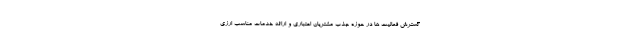
گسترش فعالیت ها در حوزه جذب مشتریان اعتباری و ارائه خدمات مناسب ارزی